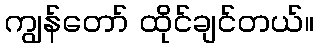
ကျွန်တော် ထိုင်ချင်တယ်။